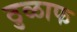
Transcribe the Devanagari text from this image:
ठुळाफ